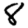
Digit: 8